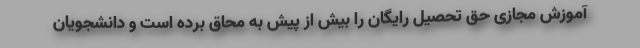
آموزش مجازی حق تحصیل رایگان را بیش از پیش به محاق برده است و دانشجویان